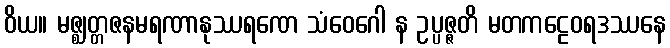
ဝိယ။ မဇ္ဈတ္တဇနမရဏာနုဿရဏေ သံဝေဂေါ န ဥပ္ပဇ္ဇတိ မတကဠေဝရဒဿနေ